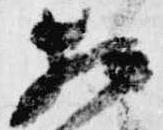
相